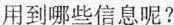
用到哪些信息呢?